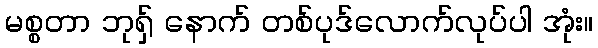
မစ္စတာ ဘုရှ် နောက် တစ်ပုဒ်လောက်လုပ်ပါ အုံး။